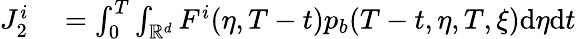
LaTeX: \begin{array}{rl}{J_{2}^{i}}&{{}=\int_{0}^{T}\int_{\mathbb{R}^{d}}F^{i}(\eta,T-t)p_{b}(T-t,\eta,T,\xi)\mathrm{d}\eta\mathrm{d}t}\end{array}